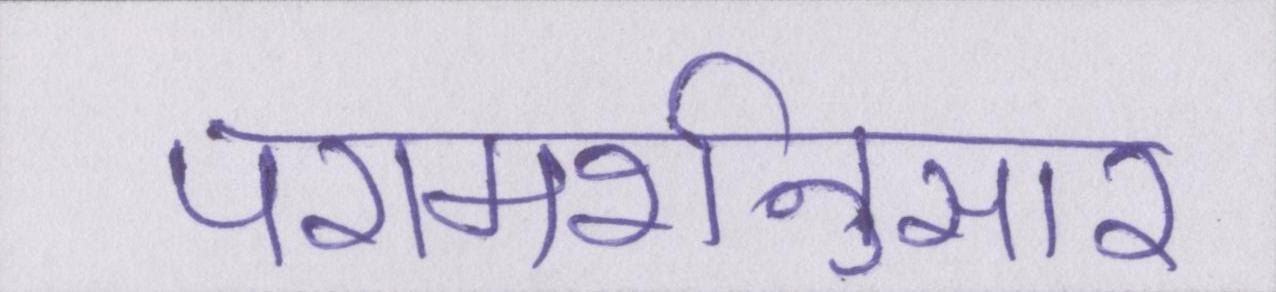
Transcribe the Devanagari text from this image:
परामर्शनुसार